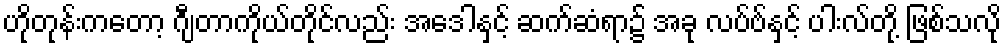
ဟိုတုန်းကတော့ ဂျီတာကိုယ်တိုင်လည်း အေဒါနှင့် ဆက်ဆံရာ၌ အခု လပ်ဗ်နှင့် ပါးလ်တို့ ဖြစ်သလို